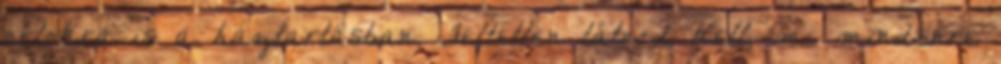
célokra is a háztartásban. Feltétlen látnod kell, mi mindenre